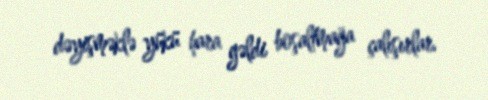
dəyişməklə yükü hara gəldi boşaltmağa çalışırlar.